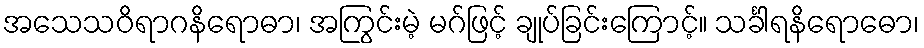
အသေသဝိရာဂနိရောဓာ၊ အကြွင်းမဲ့ မဂ်ဖြင့် ချုပ်ခြင်းကြောင့်။ သင်္ခါရနိရောဓော၊